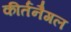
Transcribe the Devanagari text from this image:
कीर्तनैगल